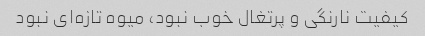
کیفیت نارنگی و پرتغال خوب نبود، میوه تازه‌ای نبود